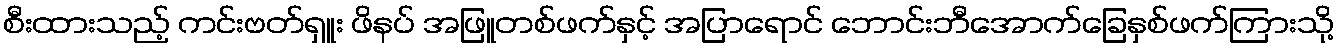
စီးထားသည့် ကင်းဗတ်ရှူး ဖိနပ် အဖြူတစ်ဖက်နှင့် အပြာရောင် ဘောင်းဘီအောက်ခြေနှစ်ဖက်ကြားသို့